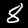
Label: 8